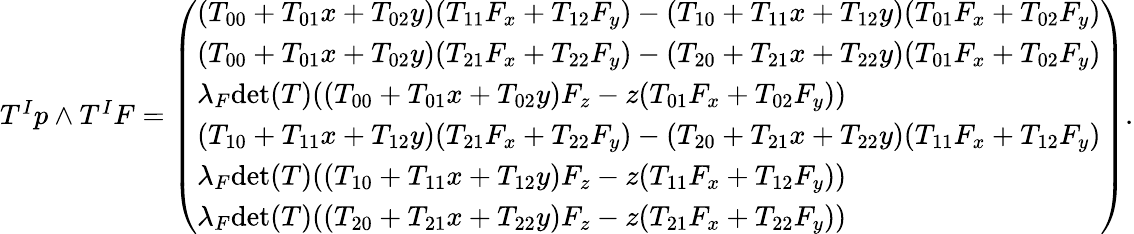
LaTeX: \begin{array}{r}{T^{I}p\wedge T^{I}F=\left(\begin{array}{l}{(T_{00}+T_{01}x+T_{02}y)(T_{11}F_{x}+T_{12}F_{y})-(T_{10}+T_{11}x+T_{12}y)(T_{01}F_{x}+T_{02}F_{y})}\\ {(T_{00}+T_{01}x+T_{02}y)(T_{21}F_{x}+T_{22}F_{y})-(T_{20}+T_{21}x+T_{22}y)(T_{01}F_{x}+T_{02}F_{y})}\\ {\lambda_{F}\mathrm{det}(T)((T_{00}+T_{01}x+T_{02}y)F_{z}-z(T_{01}F_{x}+T_{02}F_{y}))}\\ {(T_{10}+T_{11}x+T_{12}y)(T_{21}F_{x}+T_{22}F_{y})-(T_{20}+T_{21}x+T_{22}y)(T_{11}F_{x}+T_{12}F_{y})}\\ {\lambda_{F}\mathrm{det}(T)((T_{10}+T_{11}x+T_{12}y)F_{z}-z(T_{11}F_{x}+T_{12}F_{y}))}\\ {\lambda_{F}\mathrm{det}(T)((T_{20}+T_{21}x+T_{22}y)F_{z}-z(T_{21}F_{x}+T_{22}F_{y}))}\end{array}\right).}\end{array}